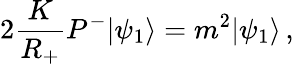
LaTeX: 2\frac{K}{R_{+}}P^{-}|\psi_{1}\rangle=m^{2}|\psi_{1}\rangle\, ,